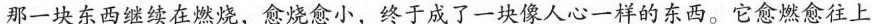
那一块东西继续在燃烧，愈烧愈小，终于成了一块像人心一样的东西。它愈燃愈往上